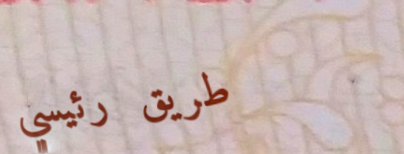
طريق رئيسي